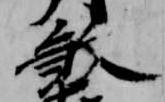
殺